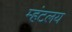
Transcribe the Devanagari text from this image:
म्हंटलय